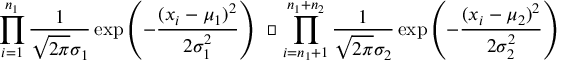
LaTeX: \; \; \; \; \; \; \; \; \prod _ { i = 1 } ^ { n _ { 1 } } { \frac { 1 } { { \sqrt { 2 \pi } } \sigma _ { 1 } } } \exp \left( - { \frac { ( x _ { i } - \mu _ { 1 } ) ^ { 2 } } { 2 \sigma _ { 1 } ^ { 2 } } } \right) \; \, { \boldsymbol { \cdot } } \, \prod _ { i = n _ { 1 } + 1 } ^ { n _ { 1 } + n _ { 2 } } { \frac { 1 } { { \sqrt { 2 \pi } } \sigma _ { 2 } } } \exp \left( - { \frac { ( x _ { i } - \mu _ { 2 } ) ^ { 2 } } { 2 \sigma _ { 2 } ^ { 2 } } } \right)